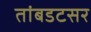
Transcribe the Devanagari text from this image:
तांबडटसर